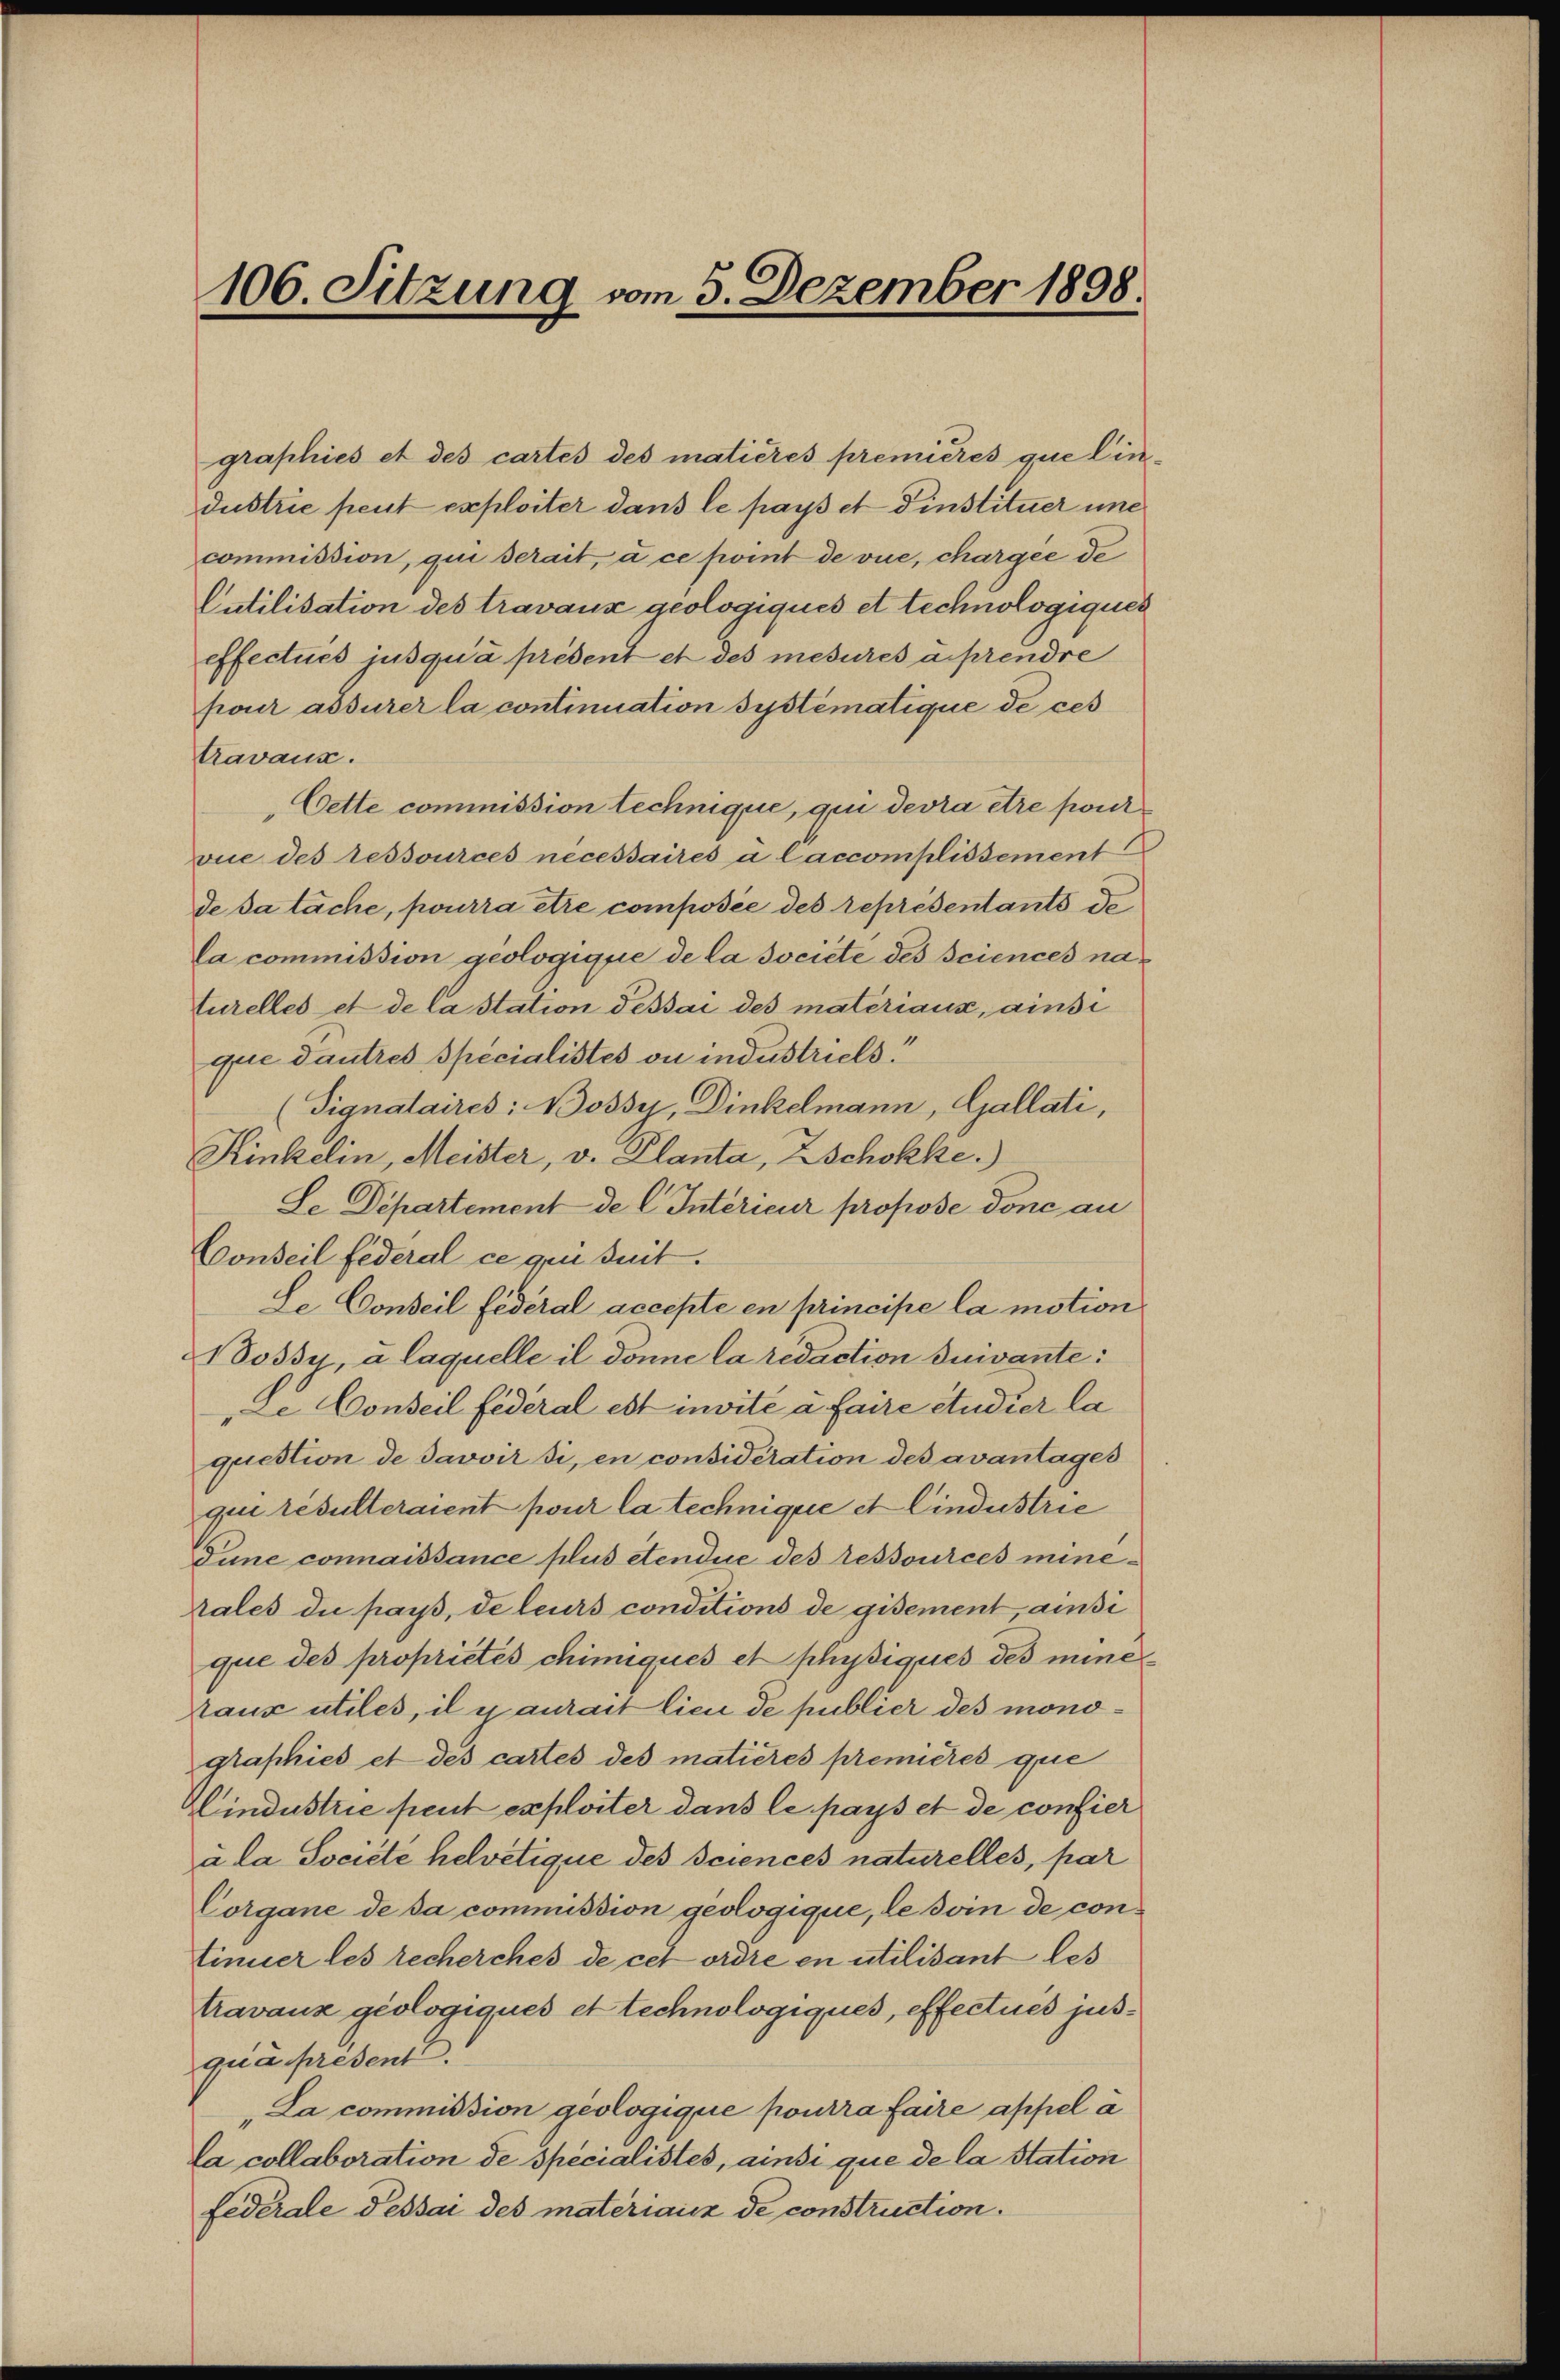
graphies et des cartes des matières premières que lindustrie peut exploiter dans le pays et Dinstituer une
commission, qui serait, à ce point de vue, chargée de
Cutilisation des travaux geologiqués et technologiques
effectués jusqu’à présent et des mesures a prendre
pour assurer la continuation systematique de ces
travaux.
Cette commission technique, qui devra être pour
vue des ressources necessaires à laccomplissement
de da tache, pourra être composée des représentants de
la commission geologique de la societe des Sciences naturelles et de la station dessai des matériaux, ainsi
que dautres spécialistes ou industriels.
(Signataires: Bossy, Dinkelmann, Gallati,
Kinkelin, Meister, v. Planta, Zschokke.)
Le Departement de C. Intérieur propose donc au
Conseil federal ce qui suit.
Le Conseil fédéral accepte en principe la motion
ossy, à laquelle il donne la redaction suivante:
Le Conseil fédéral est invite a faire studier la
question de Javoir si, en considération des avantages
qui résulteraient pour la technique et Cindustrie
Tune connaissance plus etendie des ressources minehales die pays, de leurs conditions de gisement, ainsi
que des propriétés chimiques et physiques des mine
auz utiles, il y aurait lieu de publier des monographies et des cartes des matières premières que
Hlindustrie peut exploiter dans le pays et de confier
a la Société helvetique des sciences naturelles, par
Corgane de sa commission geologique, le soin de continuer les recherches de cet ordre en utilisant les
travanz geologiques et technologiques, effectués jus-
qua present.
La commission geologique pourra faire appel à
la collaboration de spécialistes, ainsi que de la Station
fédérale dessai des matériaux de construction.

106. Sitzung vom 5. Dezember 1898